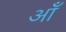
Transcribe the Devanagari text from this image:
ऑं